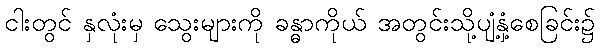
ငါးတွင် နှလုံးမှ သွေးများကို ခန္ဓာကိုယ် အတွင်းသို့ပျံ့နှံ့စေခြင်း၌